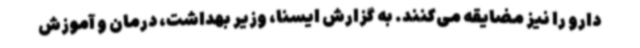
دارو را نیز مضایقه می‌کنند. به گزارش ایسنا، وزیر بهداشت، درمان و آموزش